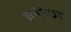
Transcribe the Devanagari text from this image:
अपेप्टाइड